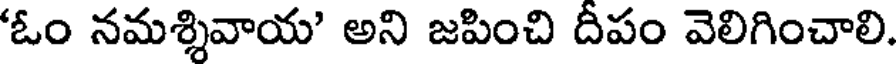
'ఓం నమశ్శివాయ' అని జపించి దీపం వెలిగించాలి.